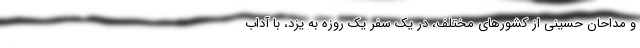
و مداحان حسینی از کشورهای مختلف، در یک سفر یک روزه به یزد، با آداب